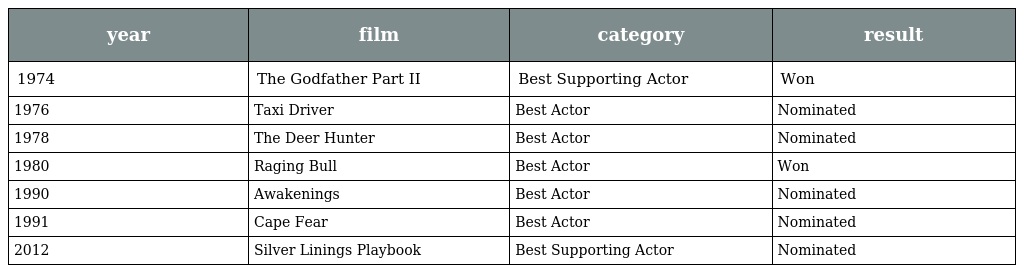
| year | film | category | result |
 | --- | --- | --- | --- |
 | 1974 | The Godfather Part II | Best Supporting Actor | Won |
 | 1976 | Taxi Driver | Best Actor | Nominated |
 | 1978 | The Deer Hunter | Best Actor | Nominated |
 | 1980 | Raging Bull | Best Actor | Won |
 | 1990 | Awakenings | Best Actor | Nominated |
 | 1991 | Cape Fear | Best Actor | Nominated |
 | 2012 | Silver Linings Playbook | Best Supporting Actor | Nominated |